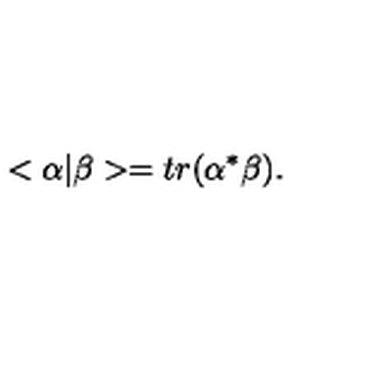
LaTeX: < \alpha \vert \beta > = t r ( \alpha ^ { * } \beta ) .